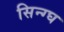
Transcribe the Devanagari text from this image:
सिन्ग्घ